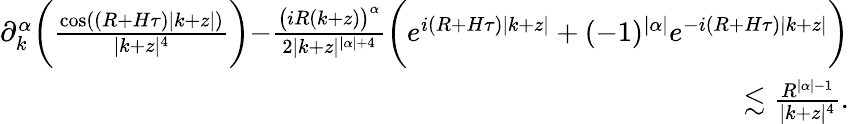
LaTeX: \begin{array}{r}{\partial_{k}^{\alpha}\biggr(\frac{\cos((R+H\tau)|k+z|)}{|k+z|^{4}}\biggl)-\frac{\bigr(iR(k+z)\bigr)^{\alpha}}{2|k+z|^{|\alpha|+4}}\biggr(e^{i(R+H\tau)|k+z|}+(-1)^{|\alpha|}e^{-i(R+H\tau)|k+z|}\biggr)}\\ {\lesssim\frac{R^{|\alpha|-1}}{|k+z|^{4}}.}\end{array}